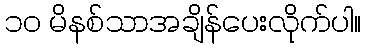
၁၀ မိနစ်သာအချိန်ပေးလိုက်ပါ။